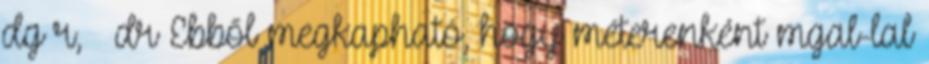
dg r,Φ dr Ebből megkapható, hogy méterenként mgal-lal